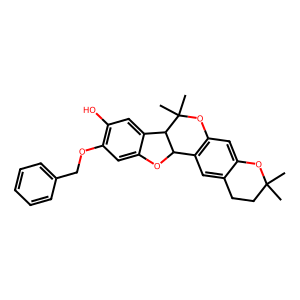
SMILES: CC1(C)CCc2cc3c(cc2O1)OC(C)(C)C1c2cc(O)c(OCc4ccccc4)cc2OC31
Inhibits HIV replication: No